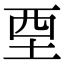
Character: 垔